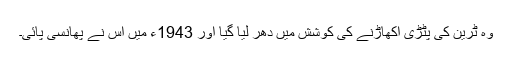
وہ ٹرین کی پٹڑی اکھاڑنے کی کوشش میں دھر لیا گیا اور 1943ء میں اس نے پھانسی پائی۔